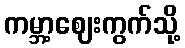
ကမ္ဘာ့ဈေးကွက်သို့